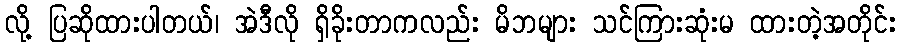
လို့ ပြဆိုထားပါတယ်၊ အဲဒီလို ရှိခိုးတာကလည်း မိဘများ သင်ကြားဆုံးမ ထားတဲ့အတိုင်း